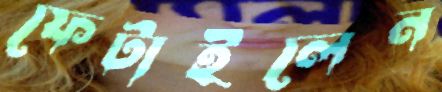
ফেটাইলেন